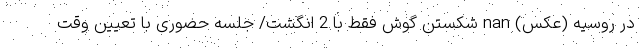
در روسیه (عکس) nan شکستن گوش فقط با 2 انگشت/ جلسه حضوری با تعیین وقت